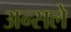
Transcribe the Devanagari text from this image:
अन्सले